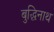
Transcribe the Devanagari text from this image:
बुद्धिनाथ